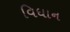
વિધાન